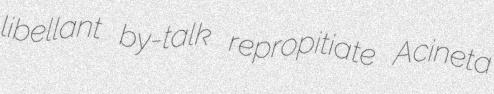
libellant by-talk repropitiate Acineta